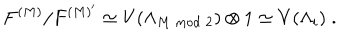
F ^ { ( M ) } / F ^ { ( M ) ^ { \prime } } \simeq V ( \Lambda _ { M \bmod 2 } ) \otimes 1 \simeq V ( \Lambda _ { i } ) \; .